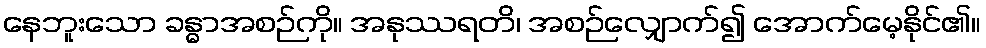
နေဘူးသော ခန္ဓာအစဉ်ကို။ အနုဿရတိ၊ အစဉ်လျှောက်၍ အောက်မေ့နိုင်၏။